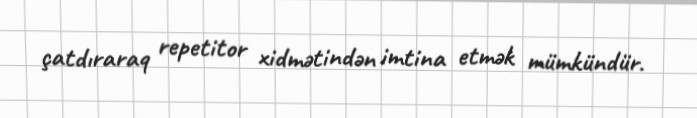
çatdıraraq repetitor xidmətindən imtina etmək mümkündür.